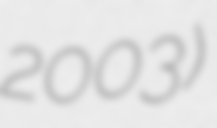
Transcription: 2003)